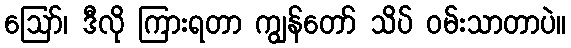
ဪ၊ ဒီလို ကြားရတာ ကျွန်တော် သိပ် ဝမ်းသာတာပဲ။